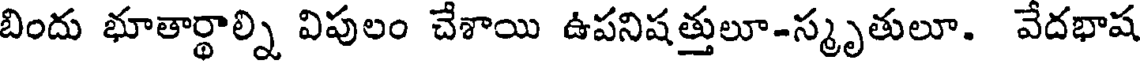
బిందు భూతార్థాల్ని విపులం చేశాయి ఉపనిషత్తులూ-స్మృతులూ. వేదభాష